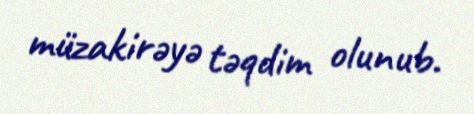
müzakirəyə təqdim olunub.